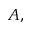
A ,